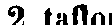
2 taflor